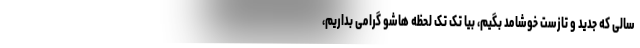
سالی که جدید و تازست خوشامد بگیم، بیا تک تک لحظه هاشو گرامی بداریم،